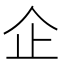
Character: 企